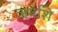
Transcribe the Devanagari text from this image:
ऋषशि